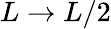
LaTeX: L\to L/2